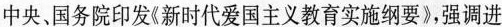
中央、国务院印发《新时代爱国主义教育实施纲要》，强调进